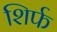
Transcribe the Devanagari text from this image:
शिर्फ